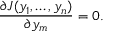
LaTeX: { \frac { \partial J ( y _ { 1 } , \ldots , y _ { n } ) } { \partial y _ { m } } } = 0 .